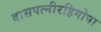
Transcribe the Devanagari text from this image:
दासपत्नीरहिगोपा